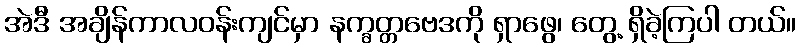
အဲဒီ အချိန်ကာလဝန်းကျင်မှာ နက္ခတ္တဗေဒကို ရှာဖွေ၊ တွေ့ ရှိခဲ့ကြပါ တယ်။